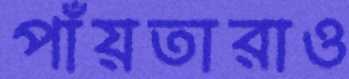
পাঁয়তারাও